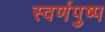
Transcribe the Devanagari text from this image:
स्वर्णपुष्प